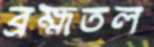
ব্রহ্মতল